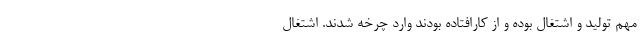
مهم تولید و اشتغال بوده و از کارافتاده بودند وارد چرخه شدند. اشتغال